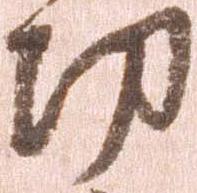
功